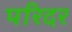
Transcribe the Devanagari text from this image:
परिदर